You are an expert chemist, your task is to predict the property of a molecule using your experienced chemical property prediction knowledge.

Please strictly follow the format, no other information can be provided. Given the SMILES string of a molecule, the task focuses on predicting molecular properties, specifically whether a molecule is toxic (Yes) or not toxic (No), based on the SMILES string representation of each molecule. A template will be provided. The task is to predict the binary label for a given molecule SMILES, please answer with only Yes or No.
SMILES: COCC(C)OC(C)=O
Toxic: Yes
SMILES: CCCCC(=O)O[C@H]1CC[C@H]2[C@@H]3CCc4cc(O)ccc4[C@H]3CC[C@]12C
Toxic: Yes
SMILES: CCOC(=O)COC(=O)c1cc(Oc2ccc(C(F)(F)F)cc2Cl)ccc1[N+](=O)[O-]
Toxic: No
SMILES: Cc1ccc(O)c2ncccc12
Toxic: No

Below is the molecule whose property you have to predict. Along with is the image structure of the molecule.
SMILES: Nc1nc(=O)c2nc(CNc3ccc(C(=O)N[C@@H](CCC(=O)O)C(=O)O)cc3)cnc2[nH]1
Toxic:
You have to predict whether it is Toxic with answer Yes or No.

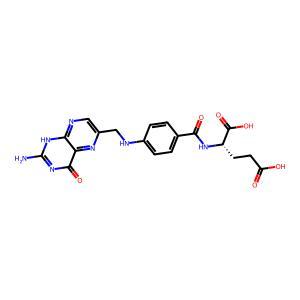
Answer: No